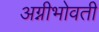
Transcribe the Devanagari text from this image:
अग्नीभोवती